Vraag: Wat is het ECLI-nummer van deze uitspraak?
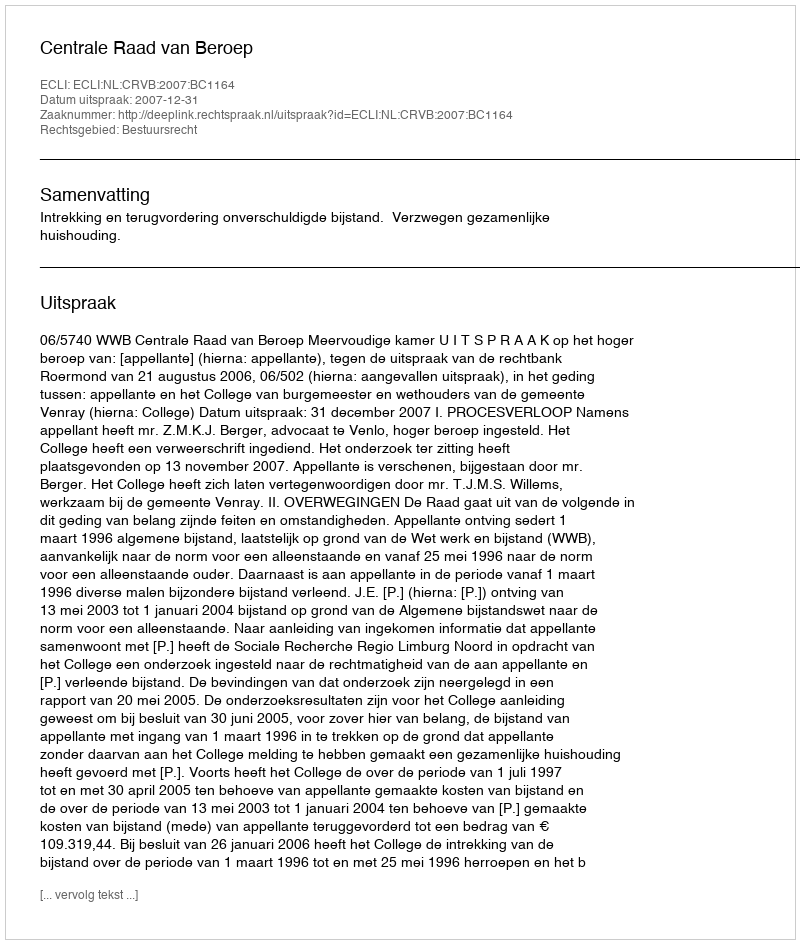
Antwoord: ECLI:NL:CRVB:2007:BC1164